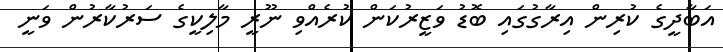
އަބާދީގެ ކުރިން އިރާގުގައި ބޮޑު ވަޒީރުކަން ކުރެއްވި ނޫރީ މާލިކީގެ ސަރުކާރުން ވަނީ